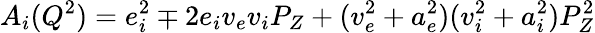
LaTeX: A_{i}(Q^{2})=e_{i}^{2}\mp 2e_{i}v_{e}v_{i}P_{Z}+(v_{e}^{2}+a_{e}^{2})(v_{i}^{2}+a_{i}^{2})P_{Z}^{2}